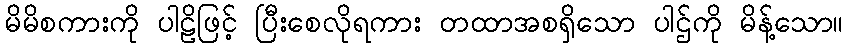
မိမိစကားကို ပါဠိဖြင့် ပြီးစေလိုရကား တထာအစရှိသော ပါဌ်ကို မိန့်သော။